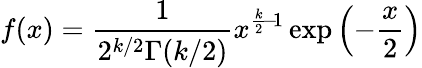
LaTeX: f(x)={\frac{1}{2^{k/2}\Gamma(k/2)}}x^{{\frac{k}{2}}\! -\! 1}\exp\left(-{\frac{x}{2}}\right)